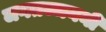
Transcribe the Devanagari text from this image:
जगतज्जननी